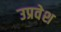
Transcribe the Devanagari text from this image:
उप्रवेश